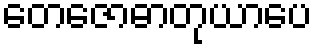
တေဇောဓာတုယာပေ